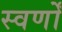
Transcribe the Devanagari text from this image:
स्वर्णों